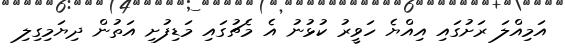
އަމިއްލަ ރަށުގައި އިއްޔެ ހަވީރު ކުޅުނު އެ މެޗުގައި މަޑިފުށި އަތުން ދިޔަމިގިލި